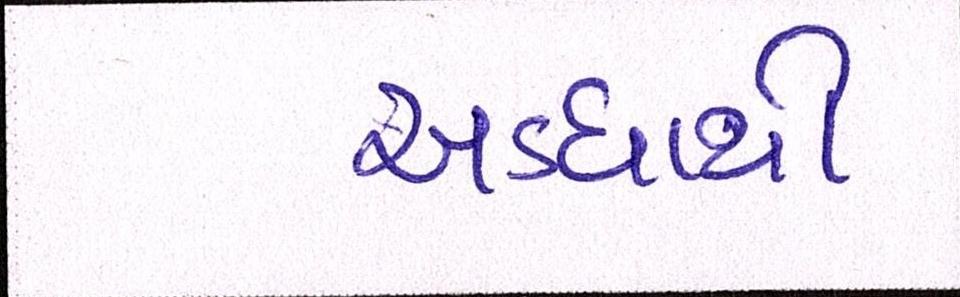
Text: અડધાથી